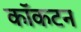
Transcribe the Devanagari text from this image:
कॉकटन